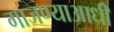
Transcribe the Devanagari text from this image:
गाजण्याआधी